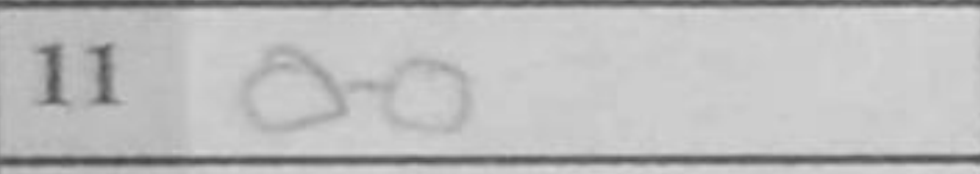
Transcription: O-O